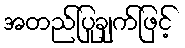
အတည်ပြုချက်ဖြင့်